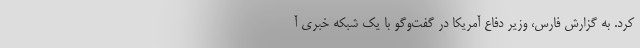
کرد. به گزارش فارس، وزیر دفاع آمریکا در گفت‌وگو با یک شبکه خبری آ